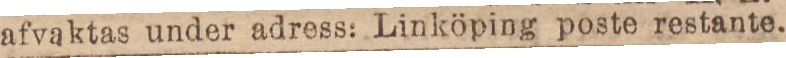
afvaktas under adress: Linköping poste restante.